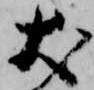
犬